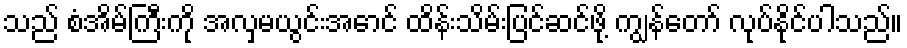
သည် စံအိမ်ကြီးကို အလှမယွင်းအောင် ထိန်းသိမ်းပြင်ဆင်ဖို့ ကျွန်တော် လုပ်နိုင်ပါသည်။